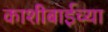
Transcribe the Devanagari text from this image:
काशीबाईच्या